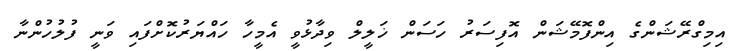
އިމިގްރޭޝަންގެ އިންފޮމޭޝަން އޮފިސަރު ހަސަން ޚަލީލް ވިދާޅުވީ އެމީހާ ހައްޔަރުކޮށްފައި ވަނީ ފުލުހުންނާ